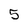
Character: 5